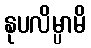
နုပလိမ္ပာမိ